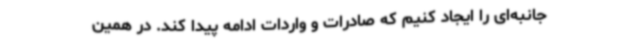
جانبه‌ای را ایجاد کنیم که صادرات و واردات ادامه پیدا کند. در همین